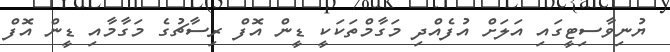
ޔުނިވާސިޓީގައި އަލަށް އުފެއްދި މަގާމްތަކަކީ ޑީން އޮފް ރިސާޗުގެ މަގާމާއި ޑީން އޮފް